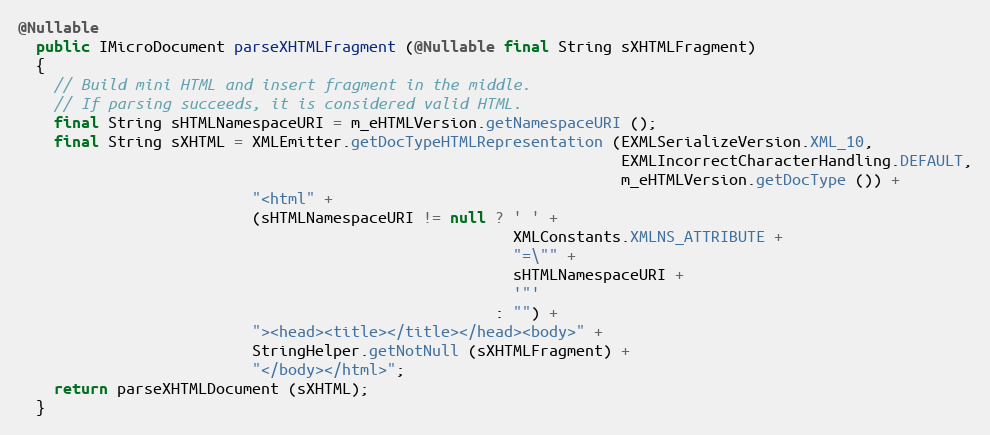
Language: Java
@Nullable
  public IMicroDocument parseXHTMLFragment (@Nullable final String sXHTMLFragment)
  {
    // Build mini HTML and insert fragment in the middle.
    // If parsing succeeds, it is considered valid HTML.
    final String sHTMLNamespaceURI = m_eHTMLVersion.getNamespaceURI ();
    final String sXHTML = XMLEmitter.getDocTypeHTMLRepresentation (EXMLSerializeVersion.XML_10,
                                                                   EXMLIncorrectCharacterHandling.DEFAULT,
                                                                   m_eHTMLVersion.getDocType ()) +
                          "<html" +
                          (sHTMLNamespaceURI != null ? ' ' +
                                                       XMLConstants.XMLNS_ATTRIBUTE +
                                                       "=\"" +
                                                       sHTMLNamespaceURI +
                                                       '"'
                                                     : "") +
                          "><head><title></title></head><body>" +
                          StringHelper.getNotNull (sXHTMLFragment) +
                          "</body></html>";
    return parseXHTMLDocument (sXHTML);
  }